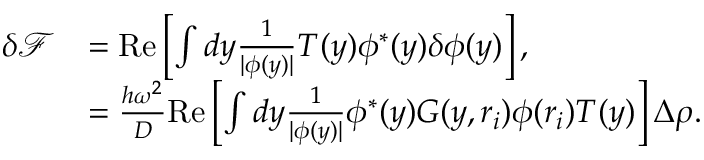
\begin{array} { r l } { \delta \mathcal { F } } & { = \mathrm { R e } \left[ \int d y \frac { 1 } { | \phi ( y ) | } T ( y ) \phi ^ { * } ( y ) \delta \phi ( y ) \right] , } \\ & { = \frac { h \omega ^ { 2 } } { D } \mathrm { R e } \left[ \int d y \frac { 1 } { | \phi ( y ) | } \phi ^ { * } ( y ) G ( y , \boldsymbol { r } _ { i } ) \phi ( \boldsymbol { r } _ { i } ) T ( y ) \right] \Delta \rho . } \end{array}